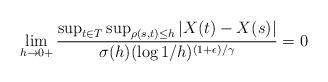
LaTeX: \begin{align*}\lim_{h \to 0+} \frac{\sup_{t \in T}\sup_{\rho(s,t)\leq h}|X(t)-X(s)|}{ \sigma(h) (\log{1/h})^{(1+\epsilon)/\gamma}} =0\end{align*}